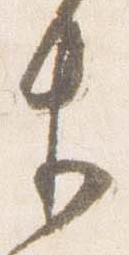
生